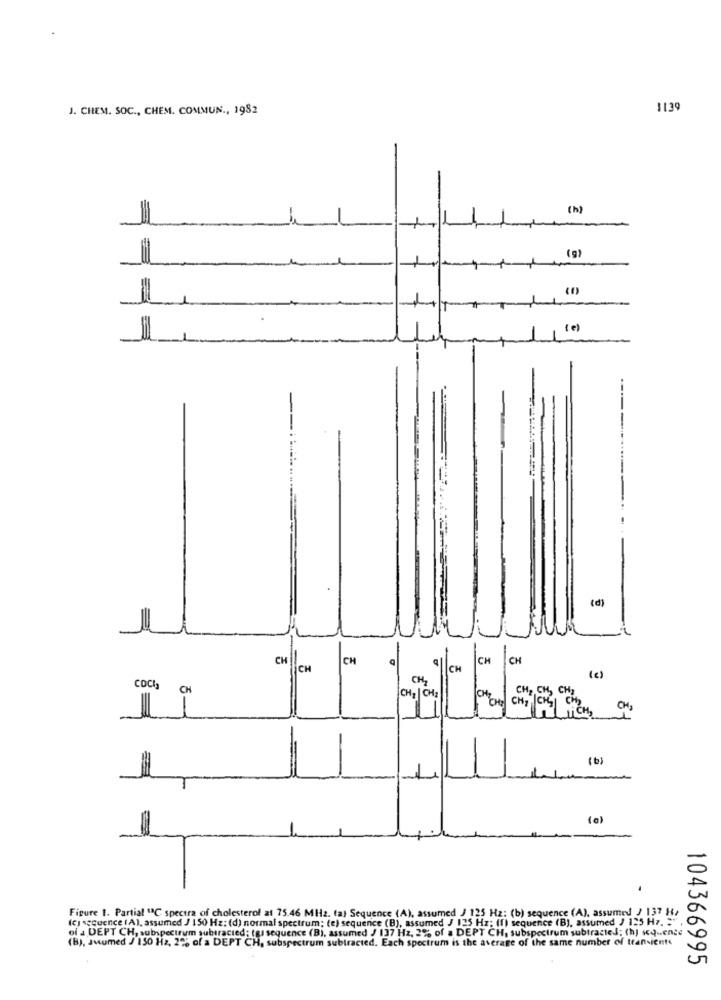
J. CHEM. SOC ., CHEM. COMMUN ., 1982
1139
(1)
(g)
( e)
(d)
CH
CH
CH
CH
ICH
CH
CH7
( c)
COCI3
1 CH
CH2 | CH2
ICH,
CH,
(b)
(0)
Figure 1. Partial "C spectra of cholesterol at 75.46 MHz. tal Sequence (A), assumed J 125 Hz: (b) sequence (A), assumed ) 137 H/
(c) sequence (A), assumed J 150 Hz: (d) normal spectrum; (e) sequence (B), assumed J 125 Hz; (T) sequence (B), assumed ) 125 H7. = ",
of a DEPT CH, subspectrum subtracted; tas sequence (B), assumed / 137 Hz, 2% of a DEPT CH, subspectrum subtracted; (h) seq .. ence
(B), Juumed J 150 Hz, 2% of a DEPT CH, subspectrum subtracted. Each spectrum is the average of the same number of transients
104366995